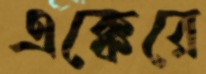
এক্কেরে